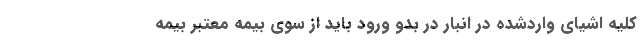
کلیه اشیای واردشده در انبار در بدو ورود باید از سوی بیمه معتبر بیمه